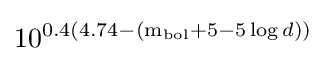
10^{0.4\left(4.74-\left({\text{m}}_{\text{bol}}+5-5\,{\text{log}}\,d\right)\right)}